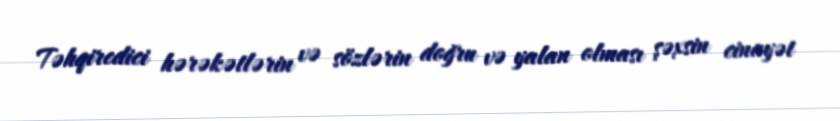
Təhqiredici hərəkətlərin və sözlərin doğru və yalan olması şəxsin cinayət